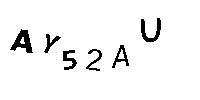
AY52AU